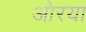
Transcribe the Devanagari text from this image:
ओरया